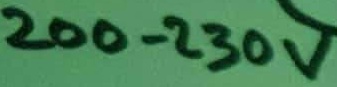
Text: 200-230V